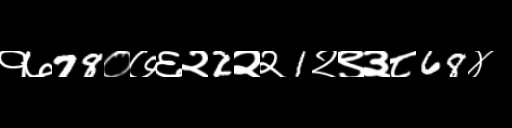
Text: १७78०७६२2२२1२९३८68४